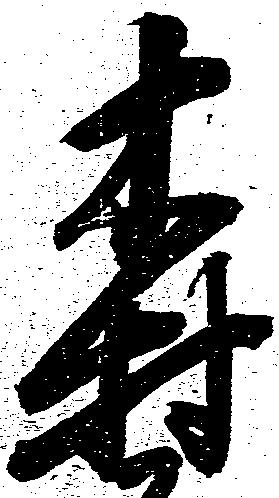
森